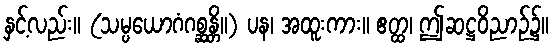
နှင့်လည်း။ (သမ္ပယောဂံဂစ္ဆန္တိ။) ပန၊ အထူးကား။ ဧတ္ထ၊ ဤဆဋ္ဌဝိညာဉ်၌။